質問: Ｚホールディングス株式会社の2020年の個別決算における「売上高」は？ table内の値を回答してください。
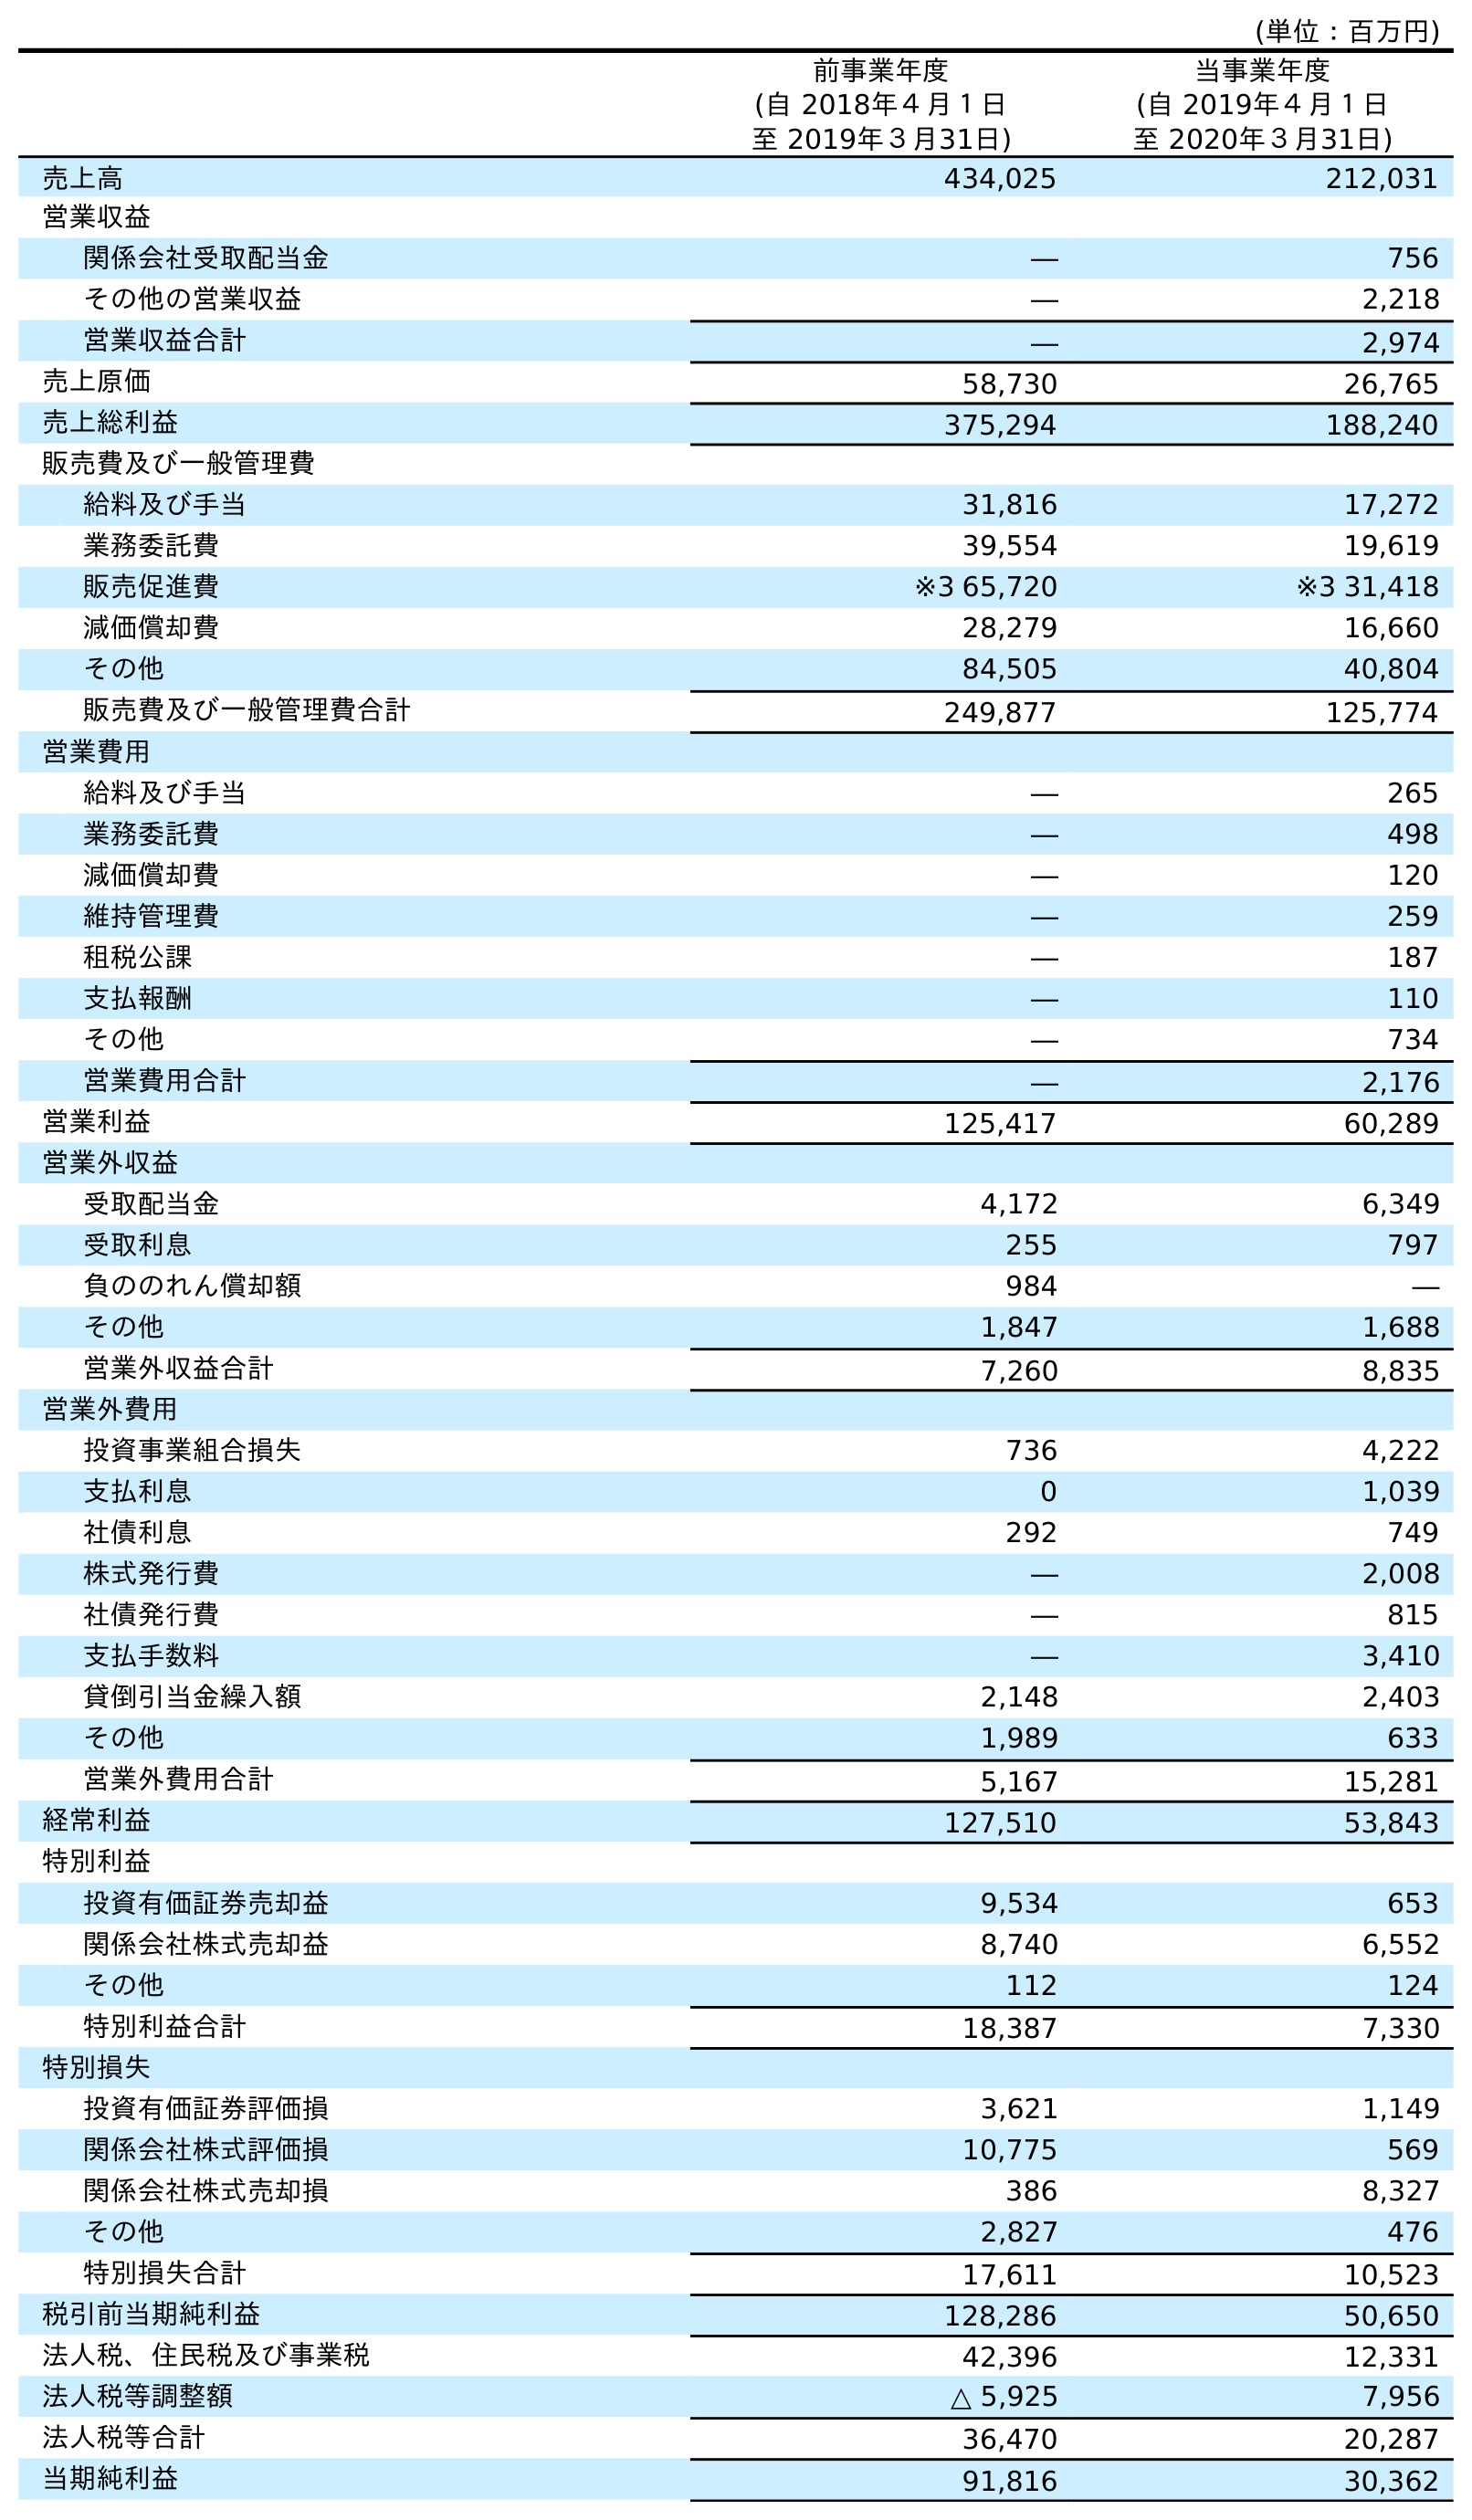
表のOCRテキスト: (単位：百万円) 前事業年度 (自 2018年４月１日 至 2019年３月31日) 当事業年度 (自 2019年４月１日 至 2020年３月31日) 売上高 434,025 212,031 営業収益 関係会社受取配当金 ― 756 その他の営業収益 ― 2,218 営業収益合計 ― 2,974 売上原価 58,730 26,765 売上総利益 375,294 188,240 販売費及び一般管理費 給料及び手当 31,816 17,272 業務委託費 39,554 19,619 販売促進費 ※3 65,720 ※3 31,418 減価償却費 28,279 16,660 その他 84,505 40,804 販売費及び一般管理費合計 249,877 125,774 営業費用 給料及び手当 ― 265 業務委託費 ― 498 減価償却費 ― 120 維持管理費 ― 259 租税公課 ― 187 支払報酬 ― 110 その他 ― 734 営業費用合計 ― 2,176 営業利益 125,417 60,289 営業外収益 受取配当金 4,172 6,349 受取利息 255 797 負ののれん償却額 984 ― その他 1,847 1,688 営業外収益合計 7,260 8,835 営業外費用 投資事業組合損失 736 4,222 支払利息 0 1,039 社債利息 292 749 株式発行費 ― 2,008 社債発行費 ― 815 支払手数料 ― 3,410 貸倒引当金繰入額 2,148 2,403 その他 1,989 633 営業外費用合計 5,167 15,281 経常利益 127,510 53,843 特別利益 投資有価証券売却益 9,534 653 関係会社株式売却益 8,740 6,552 その他 112 124 特別利益合計 18,387 7,330 特別損失 投資有価証券評価損 3,621 1,149 関係会社株式評価損 10,775 569 関係会社株式売却損 386 8,327 その他 2,827 476 特別損失合計 17,611 10,523 税引前当期純利益 128,286 50,650 法人税、住民税及び事業税 42,396 12,331 法人税等調整額 △ 5,925 7,956 法人税等合計 36,470 20,287 当期純利益 91,816 30,362
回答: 212,031